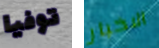
توفيا الاخبار